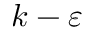
k - \varepsilon